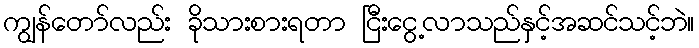
ကျွန်တော်လည်း ခိုသားစားရတာ ငြီးငွေ့လာသည်နှင့်အဆင်သင့်ဘဲ။